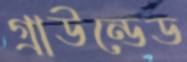
গ্রাউন্ডেড